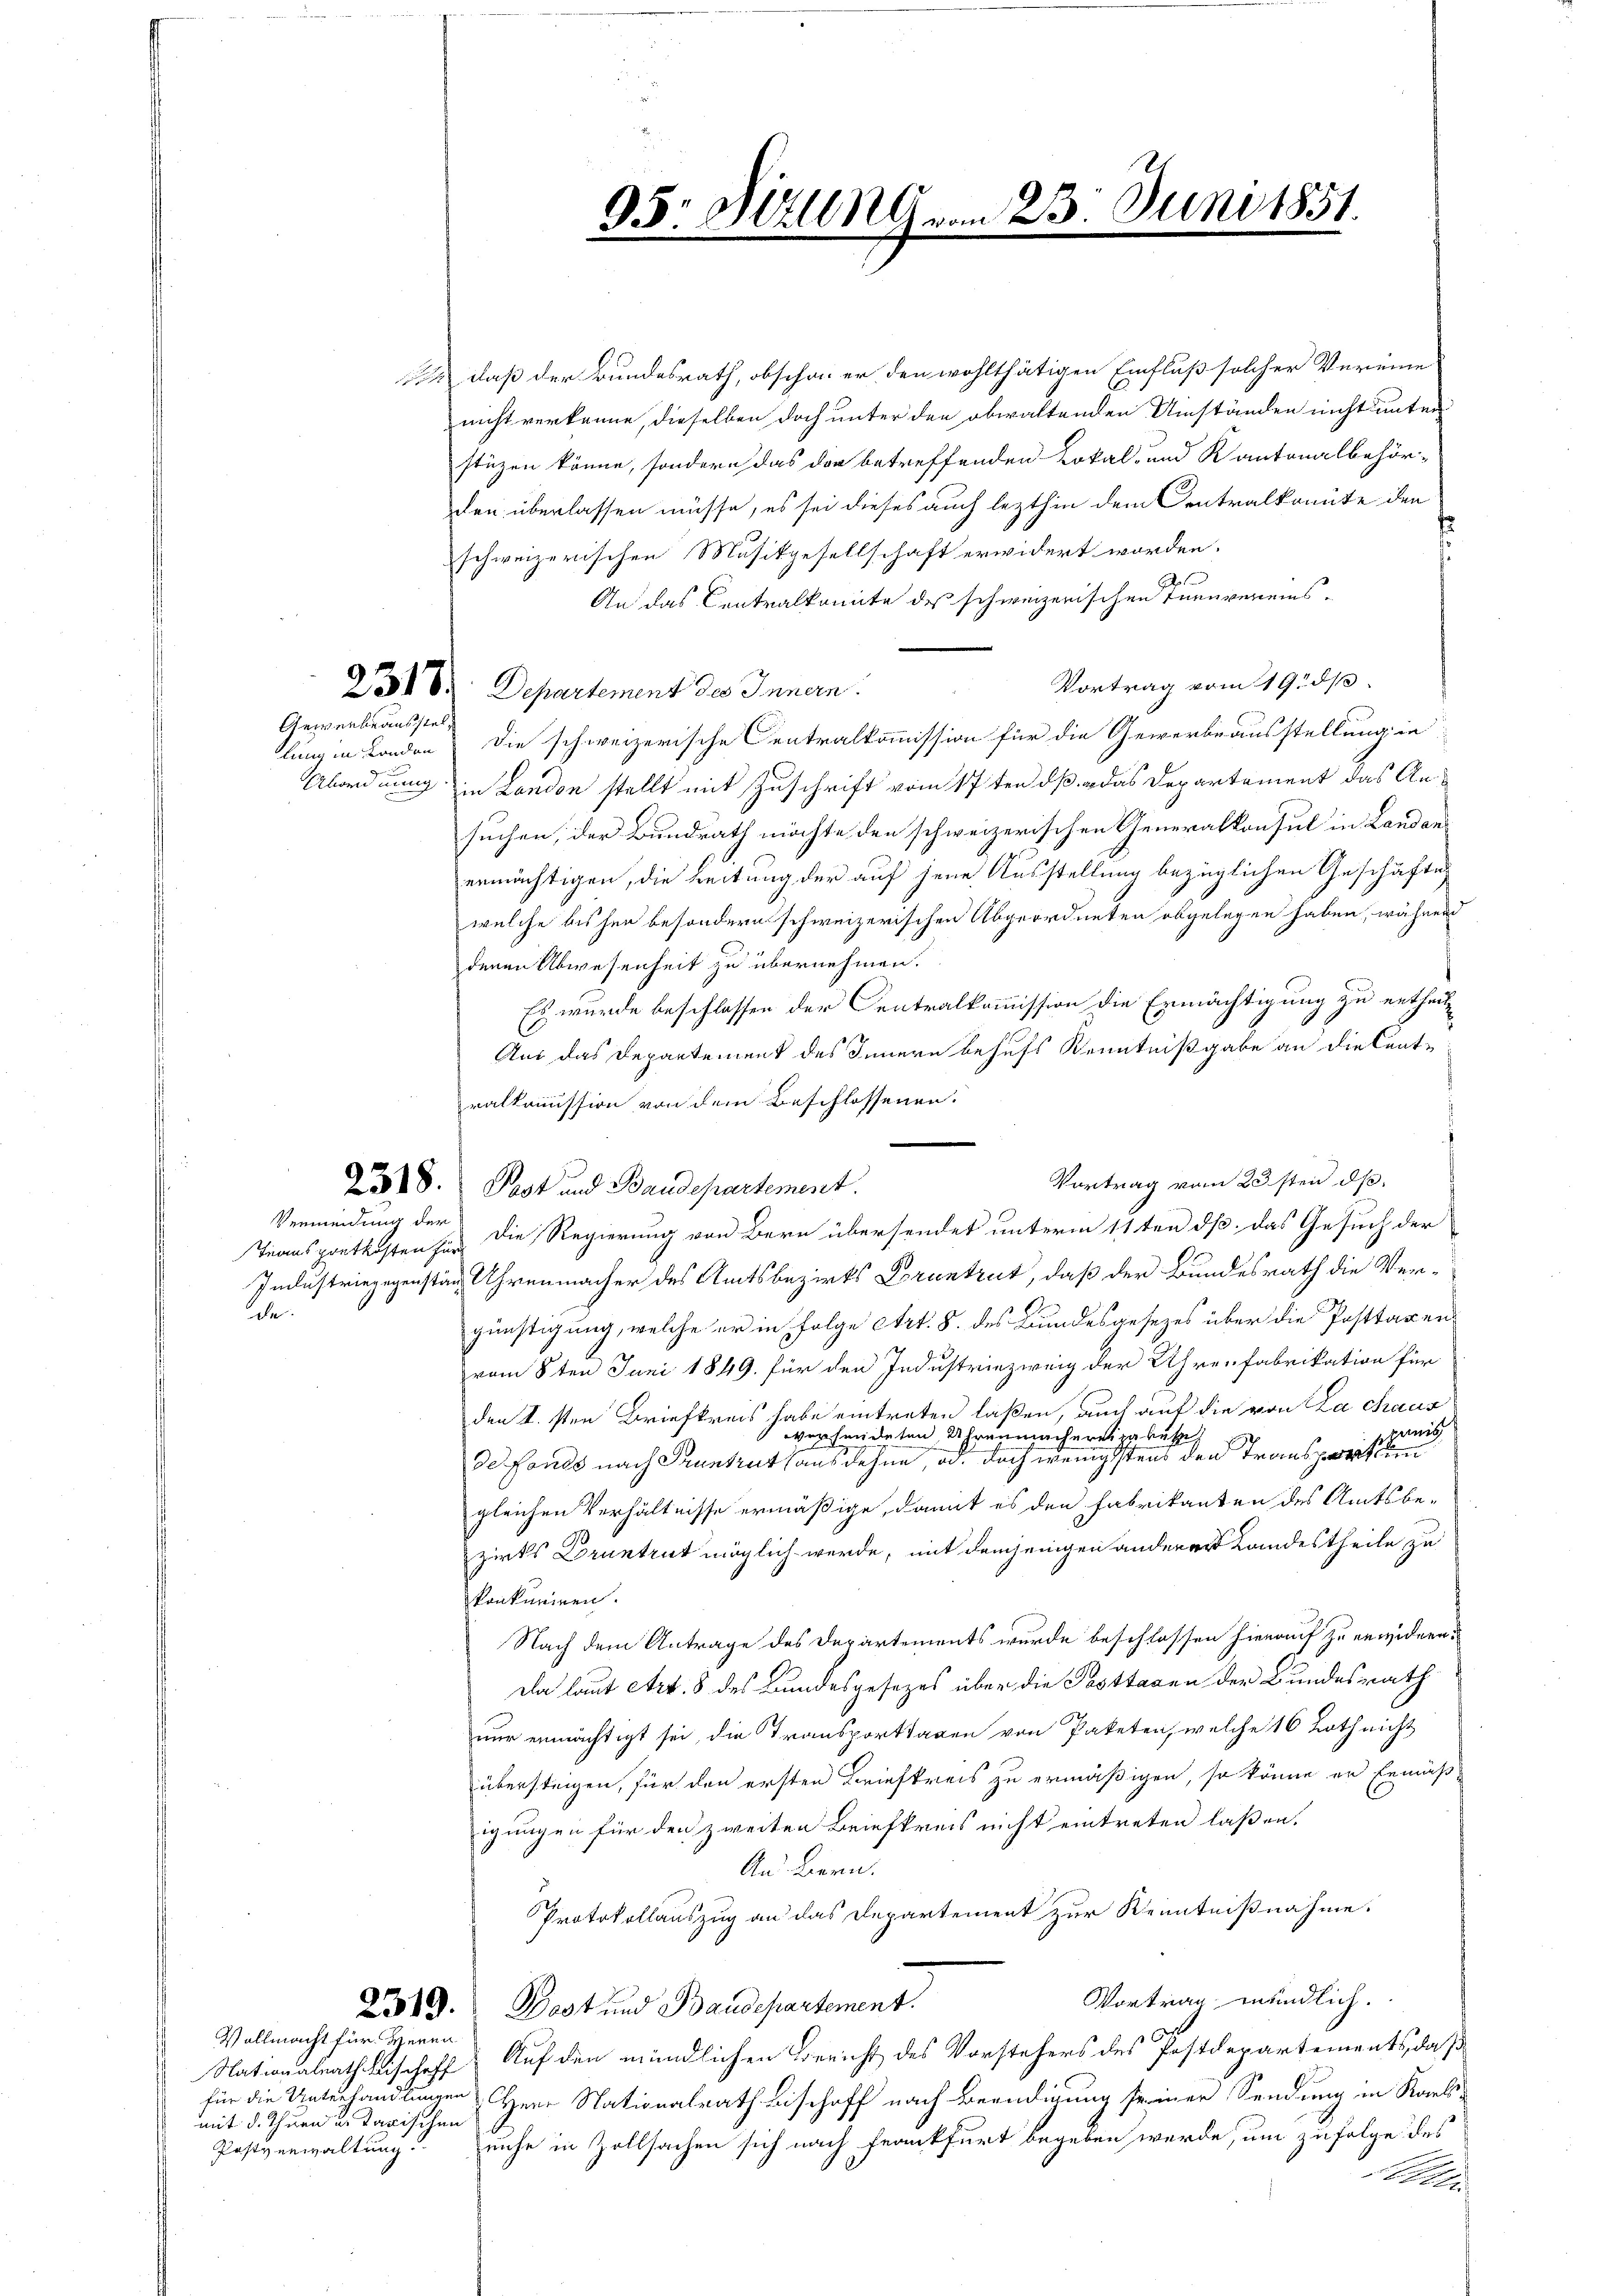
23. Juni 1851

95: Millinge

daß der Bundesrath, obschon er den wohlthätigen Einfluß solcher Vereine
nicht verkenne, dieselben doch unter den obwaltenden Umständen nicht unter
stüzen könne, sondern das der betreffenden Lokal- und Kantonalbehör-
den überlassen müsse, es sei dieses auch lezthin dem Centralkomite den
schweizerischen Musikgesellschaft erwidert worden.
1
An das Centralkomite des schweizerischen Turnvereins¬
Vortrag vom 19. ds.
251 V. Departement des Innern.
lung in London, die schweizerische Centralkommission für die Gewerbeausstellung in
Abordnung in Landon stellt mit Zuschrift vom 17ten dß das Departement das Ansuchen, der Bundrath möchte den schweizerischen Generalkonsul in Landanermächtigen, die Leitung der auf jene Ausstellung bezüglichen Geschäfte
welche bisher besondern schweizerischen Abgeordneten abgelegen haben, während
denen Abwesenheit zu übernehmen.
Es wurde beschlossen der Centralkommission die Ermächtigung zu ertheil¬
Aus das Departement des Innern behufs Kenntnißgabe an die Cent-
ralkomission von dem Beschlossenen.
Vortrag vom 23sten d.
Transportkosten für die Regierung von Bern übersendet unterm 11ten dß das Gesuch der
Industriegegenstanz Uhrenmacher des Amtsbezirks Bruntrut, daß der Bundesrath die Vergünstigung, welche er in Folge Art. 8. des Bundesgesezes über die Posttaxen
vom 8ten Juni 1849. für den Industriezweig der Uhrenfabrikation für
den 1.sten Briefkreis habe eintreten laßen, auch auf die von a chaus
geeig
versendeten Uhrenmachereitause,
de Fonds nach Pruntrut aus dehen, od. doch wenigstens den Transporten
gleichen Verhältnisse ermäßige, damit es den Fabrikanten des Amtsbe-
zirks Druntrut möglich werde, mit demjenigen anderer Landestheile zu
konkuriren.
Nach dem Antrage des Departements wurde beschlossen hierauf zu erwidern.
Da laut Art. 8 des Bundesgesezes über die Posttagen der Bundesrath
nur ermächtigt sei, die Transporttagen von Paketen, welche 16 Roth nicht
übersteigen, für den ersten Briefkreis zu ermäßigen, so könne er Ermäßigungen für den zweiten Briefkreis nicht eintreten laßen.
An Bern.
Protokollauszug an das Departement zur Kenntnißnahme.
Vortrag mündlich.
2319. Bast und Baudepartement.
o
Nationalrath beischoff Auf den mündlichen Bericht des Vorstehers des Postdepartements, daß
für die Unterhandlungen Herr Nationalrath Bischoff nach Beendigung seiner Sendung in Karlsnuhr in Zollsachen sich nach Frankfurt begeben werde, um zufolge des
e

Gewerbeausstel¬

2518. Post und Baudepartement.

Vermeidung der
de.

Vollmacht für Herrn

mit d. Thurn u. tarischen
Postverwaltung.